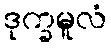
ဒုက္ခမူလံ